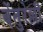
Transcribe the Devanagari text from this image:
वेंतुरेल्ली